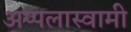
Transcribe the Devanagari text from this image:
अप्पलास्वामी